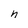
Character: n